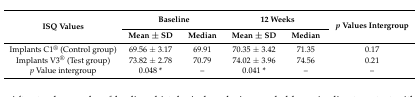
| <ROWSPAN=2> ISQ Values | <COLSPAN=2> Baseline | <COLSPAN=2> 12 Weeks | <ROWSPAN=2> p Values Intergroup |
 | Mean ± SD | Median | Mean ± SD | Median |
 | --- | --- | --- | --- | --- | --- |
 | Implants C1® (Control group) | 69.56 ± 3.17 | 69.91 | 70.35 ± 3.42 | 71.35 | 0.17 |
 | Implants V3® (Test group) | 73.82 ± 2.78 | 70.79 | 74.02 ± 3.96 | 74.56 | 0.21 |
 | p Value intergroup | 0.048 * | – | 0.041 * | – | – |